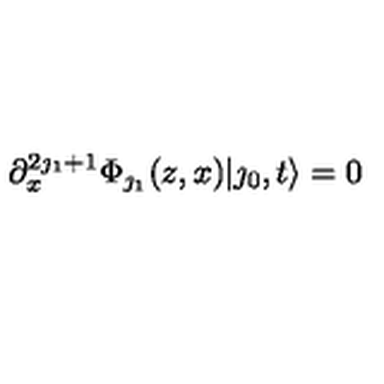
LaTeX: \partial _ { x } ^ { 2 \jmath _ { 1 } + 1 } \Phi _ { \jmath _ { 1 } } ( z , x ) | \jmath _ { 0 } , t \rangle = 0